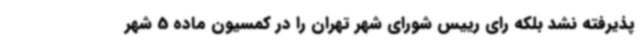
پذیرفته نشد بلکه رای رییس شورای شهر تهران را در کمسیون ماده 5 شهر